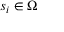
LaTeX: s _ { i } \in \Omega